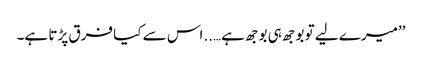
’’میرے لیے تو بوجھ ہی بوجھ ہے…..اس سے کیا فرق پڑتا ہے۔